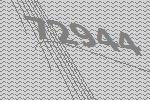
72944